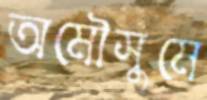
অমৌসুমে